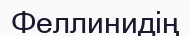
Феллинидің